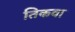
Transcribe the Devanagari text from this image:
तिकवा